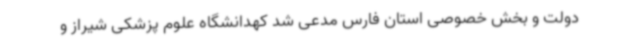
دولت و بخش خصوصی استان فارس مدعی شد کهدانشگاه علوم پزشکی شیراز و